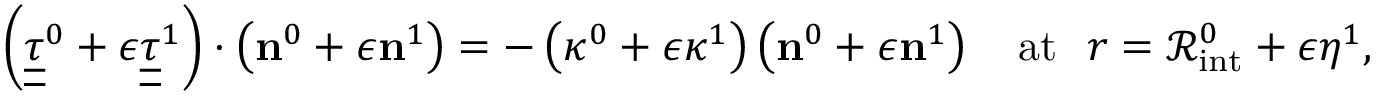
\left( \underline { { \underline { { { \tau } } } } } ^ { 0 } + \epsilon \underline { { \underline { { { \tau } } } } } ^ { 1 } \right) \cdot \left( { \bf n } ^ { 0 } + \epsilon { \bf n } ^ { 1 } \right) = - \left( \kappa ^ { 0 } + \epsilon \kappa ^ { 1 } \right) \left( { \bf n } ^ { 0 } + \epsilon { \bf n } ^ { 1 } \right) \quad \mathrm { a t ~ } \ r = \mathcal { R } _ { \mathrm { i n t } } ^ { 0 } + \epsilon \eta ^ { 1 } ,